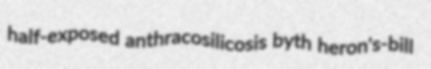
half-exposed anthracosilicosis byth heron's-bill